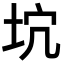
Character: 𡊫